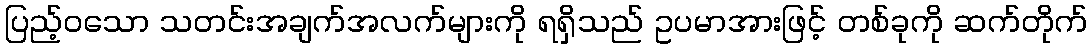
ပြည့်ဝသော သတင်းအချက်အလက်များကို ရရှိသည် ဥပမာအားဖြင့် တစ်ခုကို ဆက်တိုက်